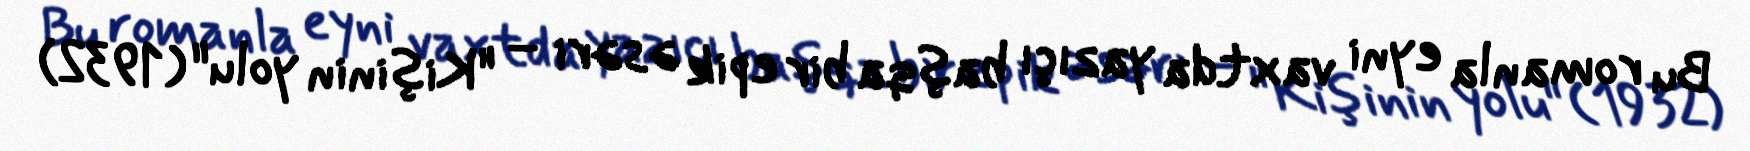
Bu romanla eyni vaxtda yazıçı başqa bir epik əsəri – "Kişinin yolu" (1932)